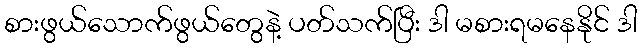
စားဖွယ်သောက်ဖွယ်တွေနဲ့ ပတ်သက်ပြီး ဒါ မစားရမနေနိုင် ဒါ